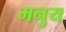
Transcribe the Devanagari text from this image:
मनुय